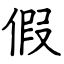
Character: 假